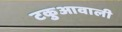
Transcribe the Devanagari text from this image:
टकुआवाली